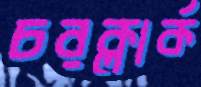
চরক্লার্ক